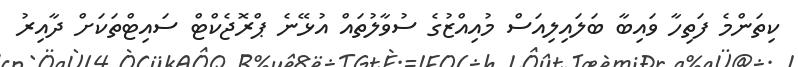
ކިތަންމެ ފަތިހާ ވައިބާ ބަލައިލިއަސް މުއިއްޒުގެ ސުވާލުތައް އުޅޭނެ ޕްރޮޖެކްޓް ސައިޓްތަކަށް ދާއިރު